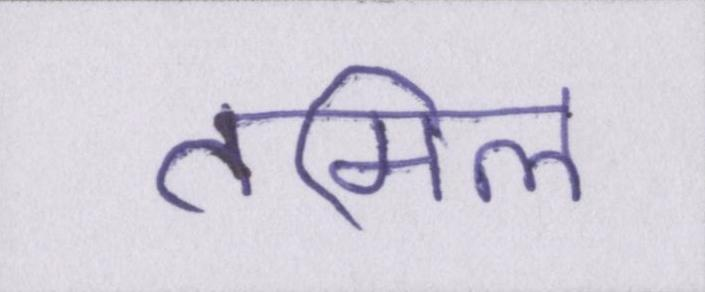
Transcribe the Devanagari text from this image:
तमिल